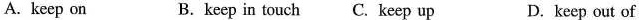
A.keep on B.keep in touch C. Keep up D. keep out of